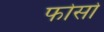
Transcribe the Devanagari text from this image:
फोसो